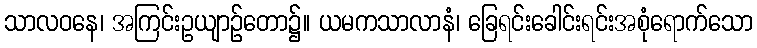
သာလဝနေ၊ အကြင်းဥယျာဉ်တော၌။ ယမကသာလာနံ၊ ခြေရင်းခေါင်းရင်းအစုံရောက်သော